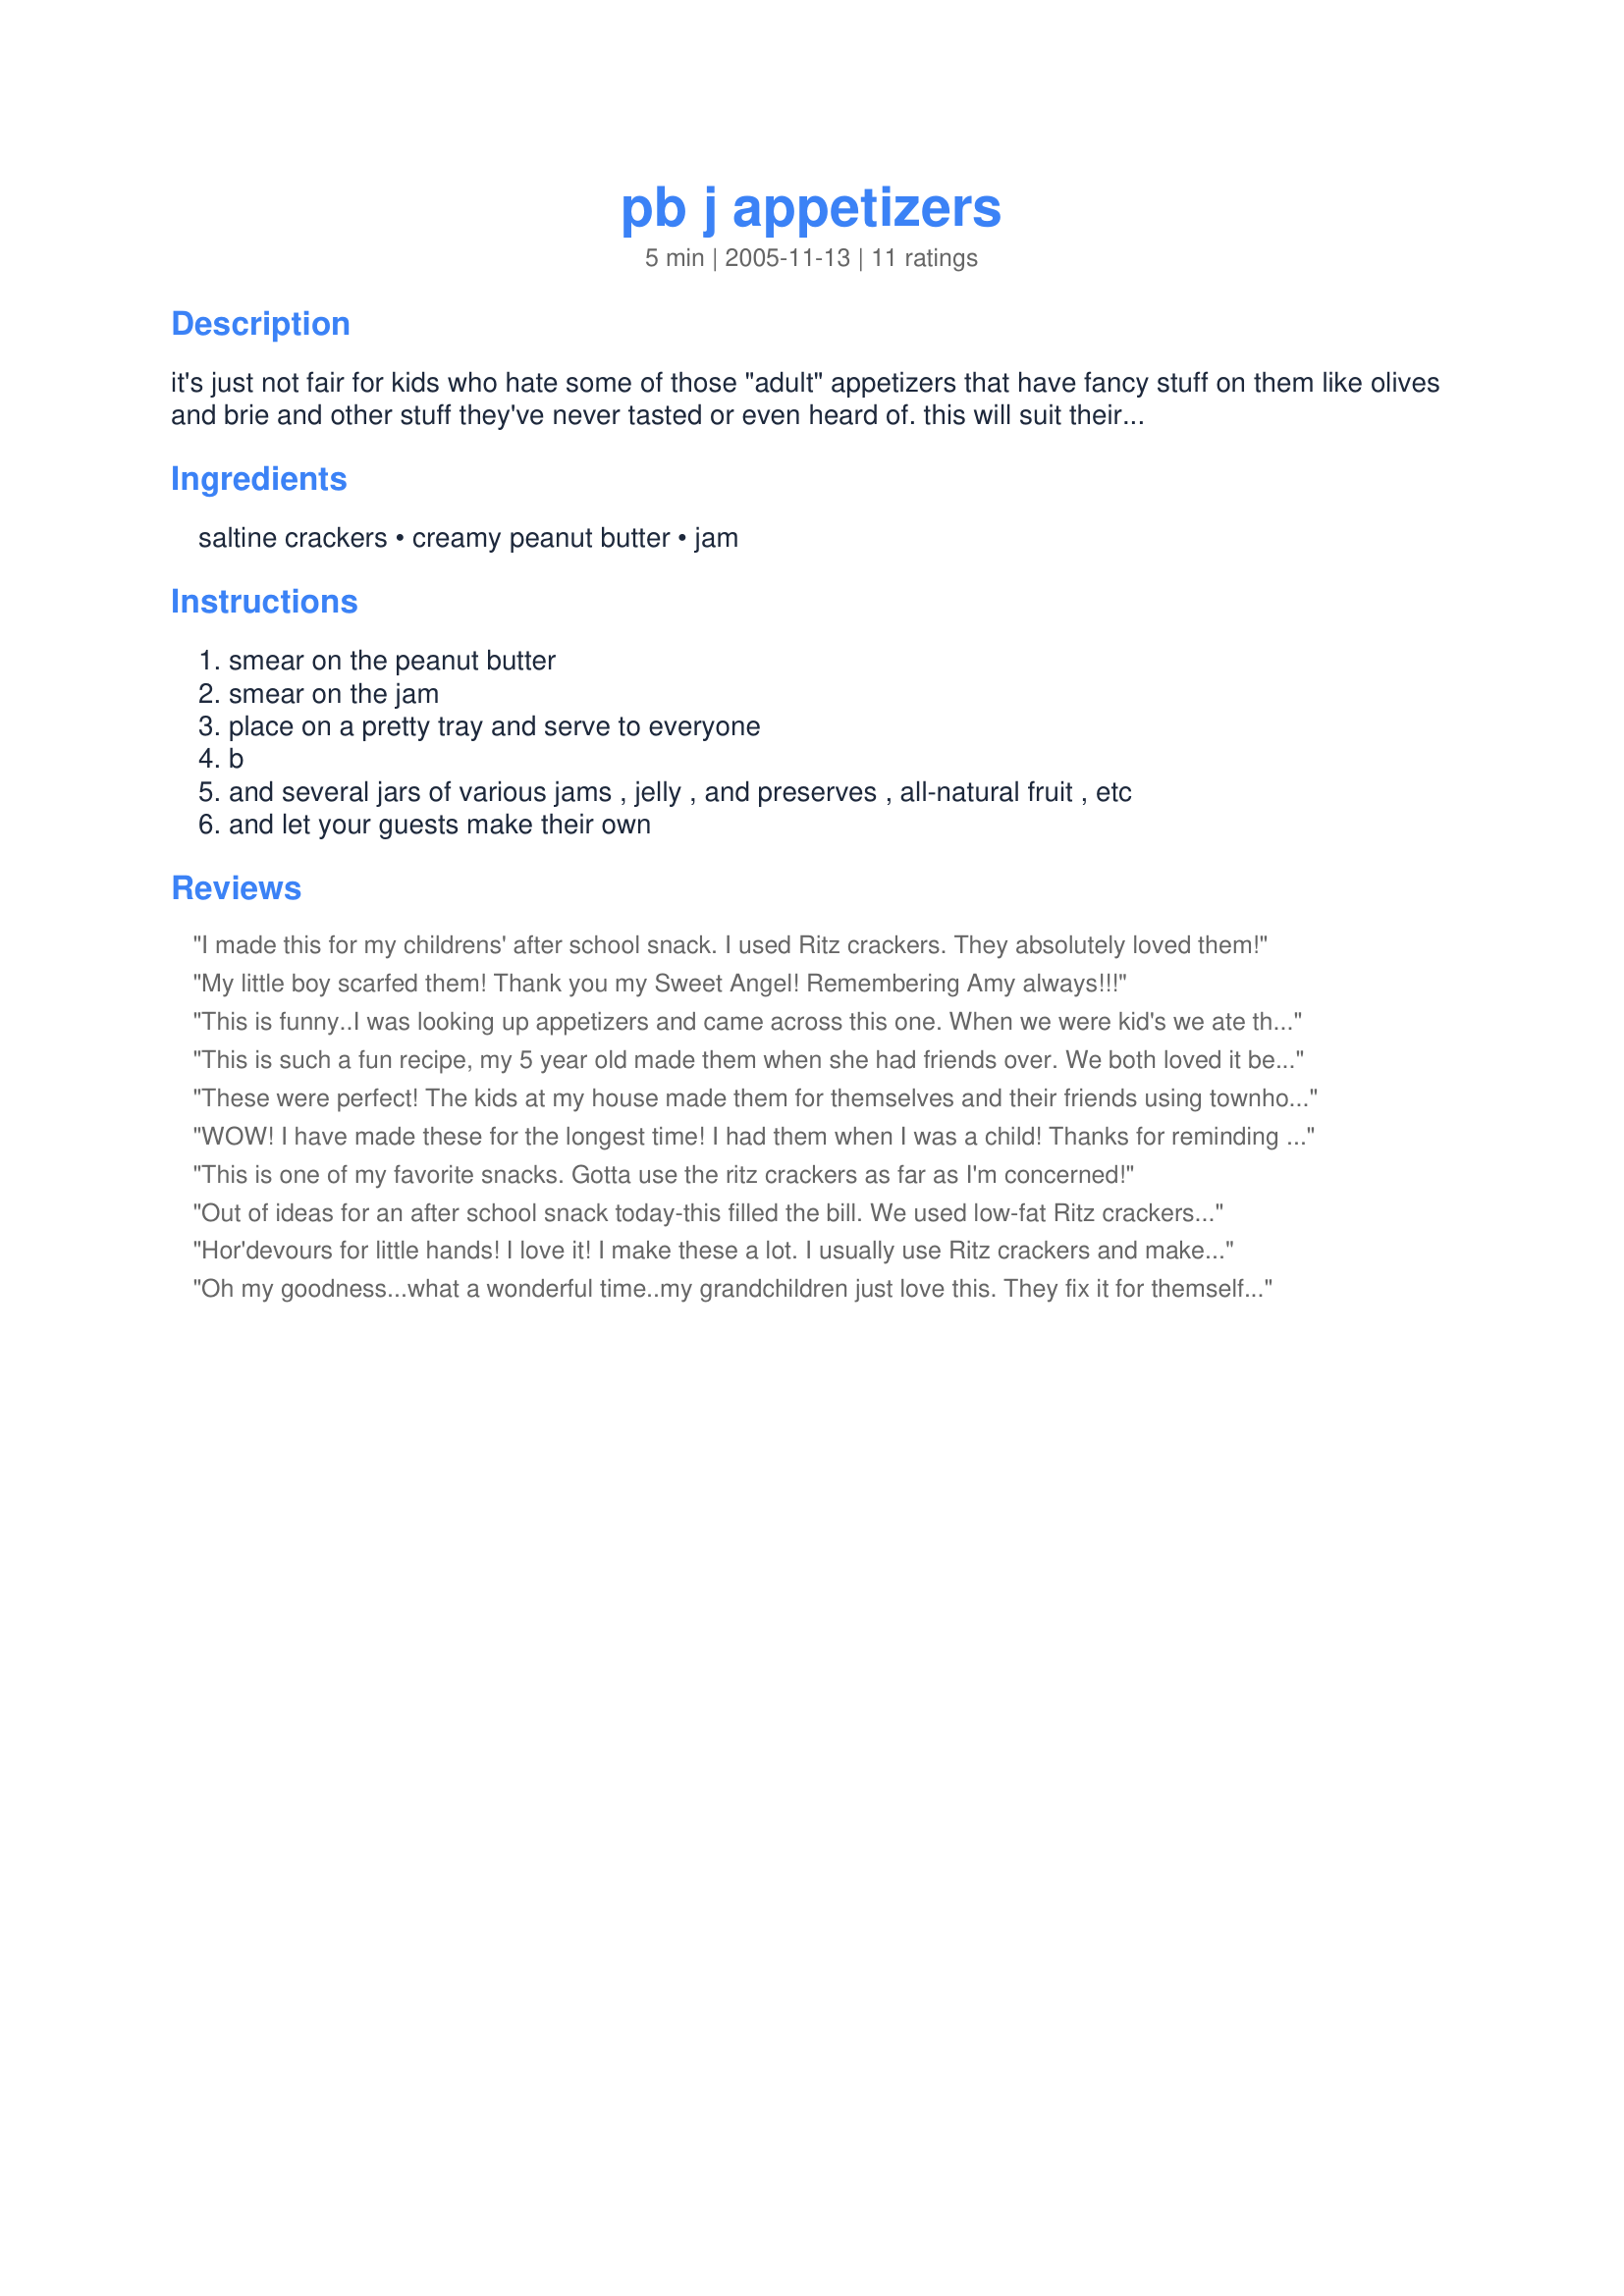
pb j appetizers
Preparation time: 5 minutes

it's just not fair for kids who hate some of those "adult" appetizers that have fancy stuff on them like olives and brie and other stuff they've never tasted or even heard of. this will suit their taste buds and even be "fancy" enough to make them feel all grown up. it's cheap and easy enough for mom to throw together for play dates or when a friend drops by with their kids in tow. also easy enough to substitute diabetic jam for a sweet treat for those who have to go sugarless.

Ingredients:
saltine crackers, creamy peanut butter, jam

Steps:
smear on the peanut butter
smear on the jam
place on a pretty tray and serve to everyone
b
and several jars of various jams , jelly , and preserves , all-natural fruit , etc
and let your guests make their own

Reviews:
I made this for my childrens' after school snack. I used Ritz crackers. They absolutely loved them!
My little boy scarfed them! Thank you my Sweet Angel! Remembering Amy always!!!
This is funny..I was looking up appetizers and came across this one. When we were kid's we ate these all the time..granted my mom never served them up as hor'devours for us, we just fixed up a small plate of them and munched away. They make a great after school snack or bedtime snack. We even did this with bread, I remember we were all watching the little rascals and the kid's on the show were putting jelly on bread.. it must have looked good as all of us ran to the cupboard to fix some and went back to the little rascals. Thanks for bringing back some great memories!
This is such a fun recipe, my 5 year old made them when she had friends over. We both loved it because it is a recipe that she can make. (I made sure there was extra for me too!!)
Thanks for posting a great recipe!
These were perfect! The kids at my house made them for themselves and their friends using townhouse crackers, Skippy creamy peanut butter and a quick strawberry jam I made the night before. You would be amazed at how many adults scoffed one off the platter. Thx. for posting such a great, simple and affordable appetizer that both kids and adults can enjoy! It is nice to be reminded how that you don't have to break the bank to serve something everyone likes..
WOW! I have made these for the longest time! I had them when I was a child! Thanks for reminding me of an easy snack that I can now make for my 4 yr old!:)
This is one of my favorite snacks. Gotta use the ritz crackers as far as I'm concerned!
Out of ideas for an after school snack today-this filled the bill. We used low-fat Ritz crackers. You could also use fluff or nutella. Yum!
Hor'devours for little hands! I love it! I make these a lot. I usually use Ritz crackers and make a pretty swirl with squeezable jelly...and sometimes i will just sprinkle the PB with raisins ... Thanks for the idea to serve them as hor'devours for the kids - what a great idea! And, if a child has allergies to nuts I could always sub cream cheese for the PB.
Oh my goodness...what a wonderful time..my grandchildren just love this. They fix it for themselfs and pass out to me and my sister.They are 7yrs and 5yr and 4yrs and they have a blast and do not make a mess. Thank You
One of my favourites to make on Children's Day. I usually use strawberry jam for these. These are little gems of delight for tiny dolls :) Kids love these to the core. These are easy and fun to make.
